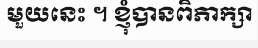
មួយនេះ ។ ខ្ញុំបានពិភាក្សា